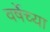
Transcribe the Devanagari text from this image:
वर्षेच्या